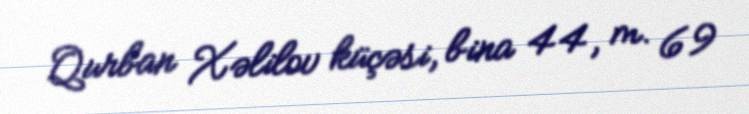
Qurban Xəlilov küçəsi, bina 44, m. 69